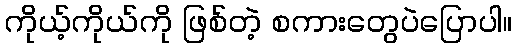
ကိုယ့်ကိုယ်ကို ဖြစ်တဲ့ စကားတွေပဲပြောပါ။